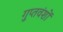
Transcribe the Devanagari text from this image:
गुप्तवंशों